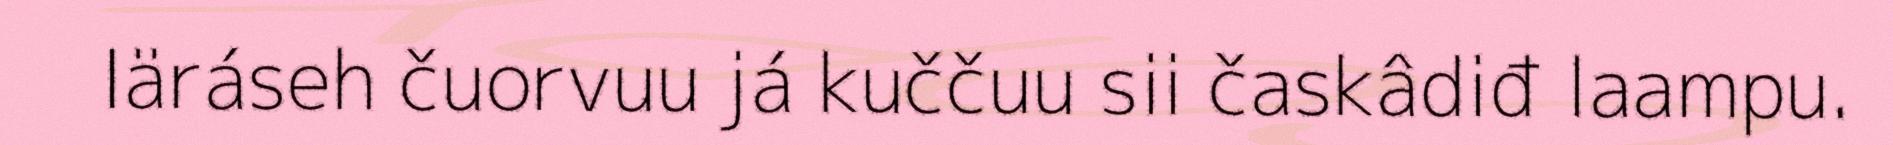
Iäráseh čuorvuu já kuččuu sii časkâdiđ laampu.